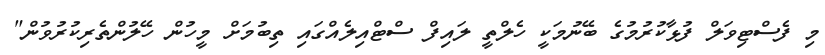
މި ފެސްޓިވަލް ފުޅާކުރުމުގެ ބޭނުމަކީ ހެލްތީ ލައިފް ސްޓްއިލެއްގައި ތިބުމަށް މީހުން ހޭލުންތެރިކުރުވުން"